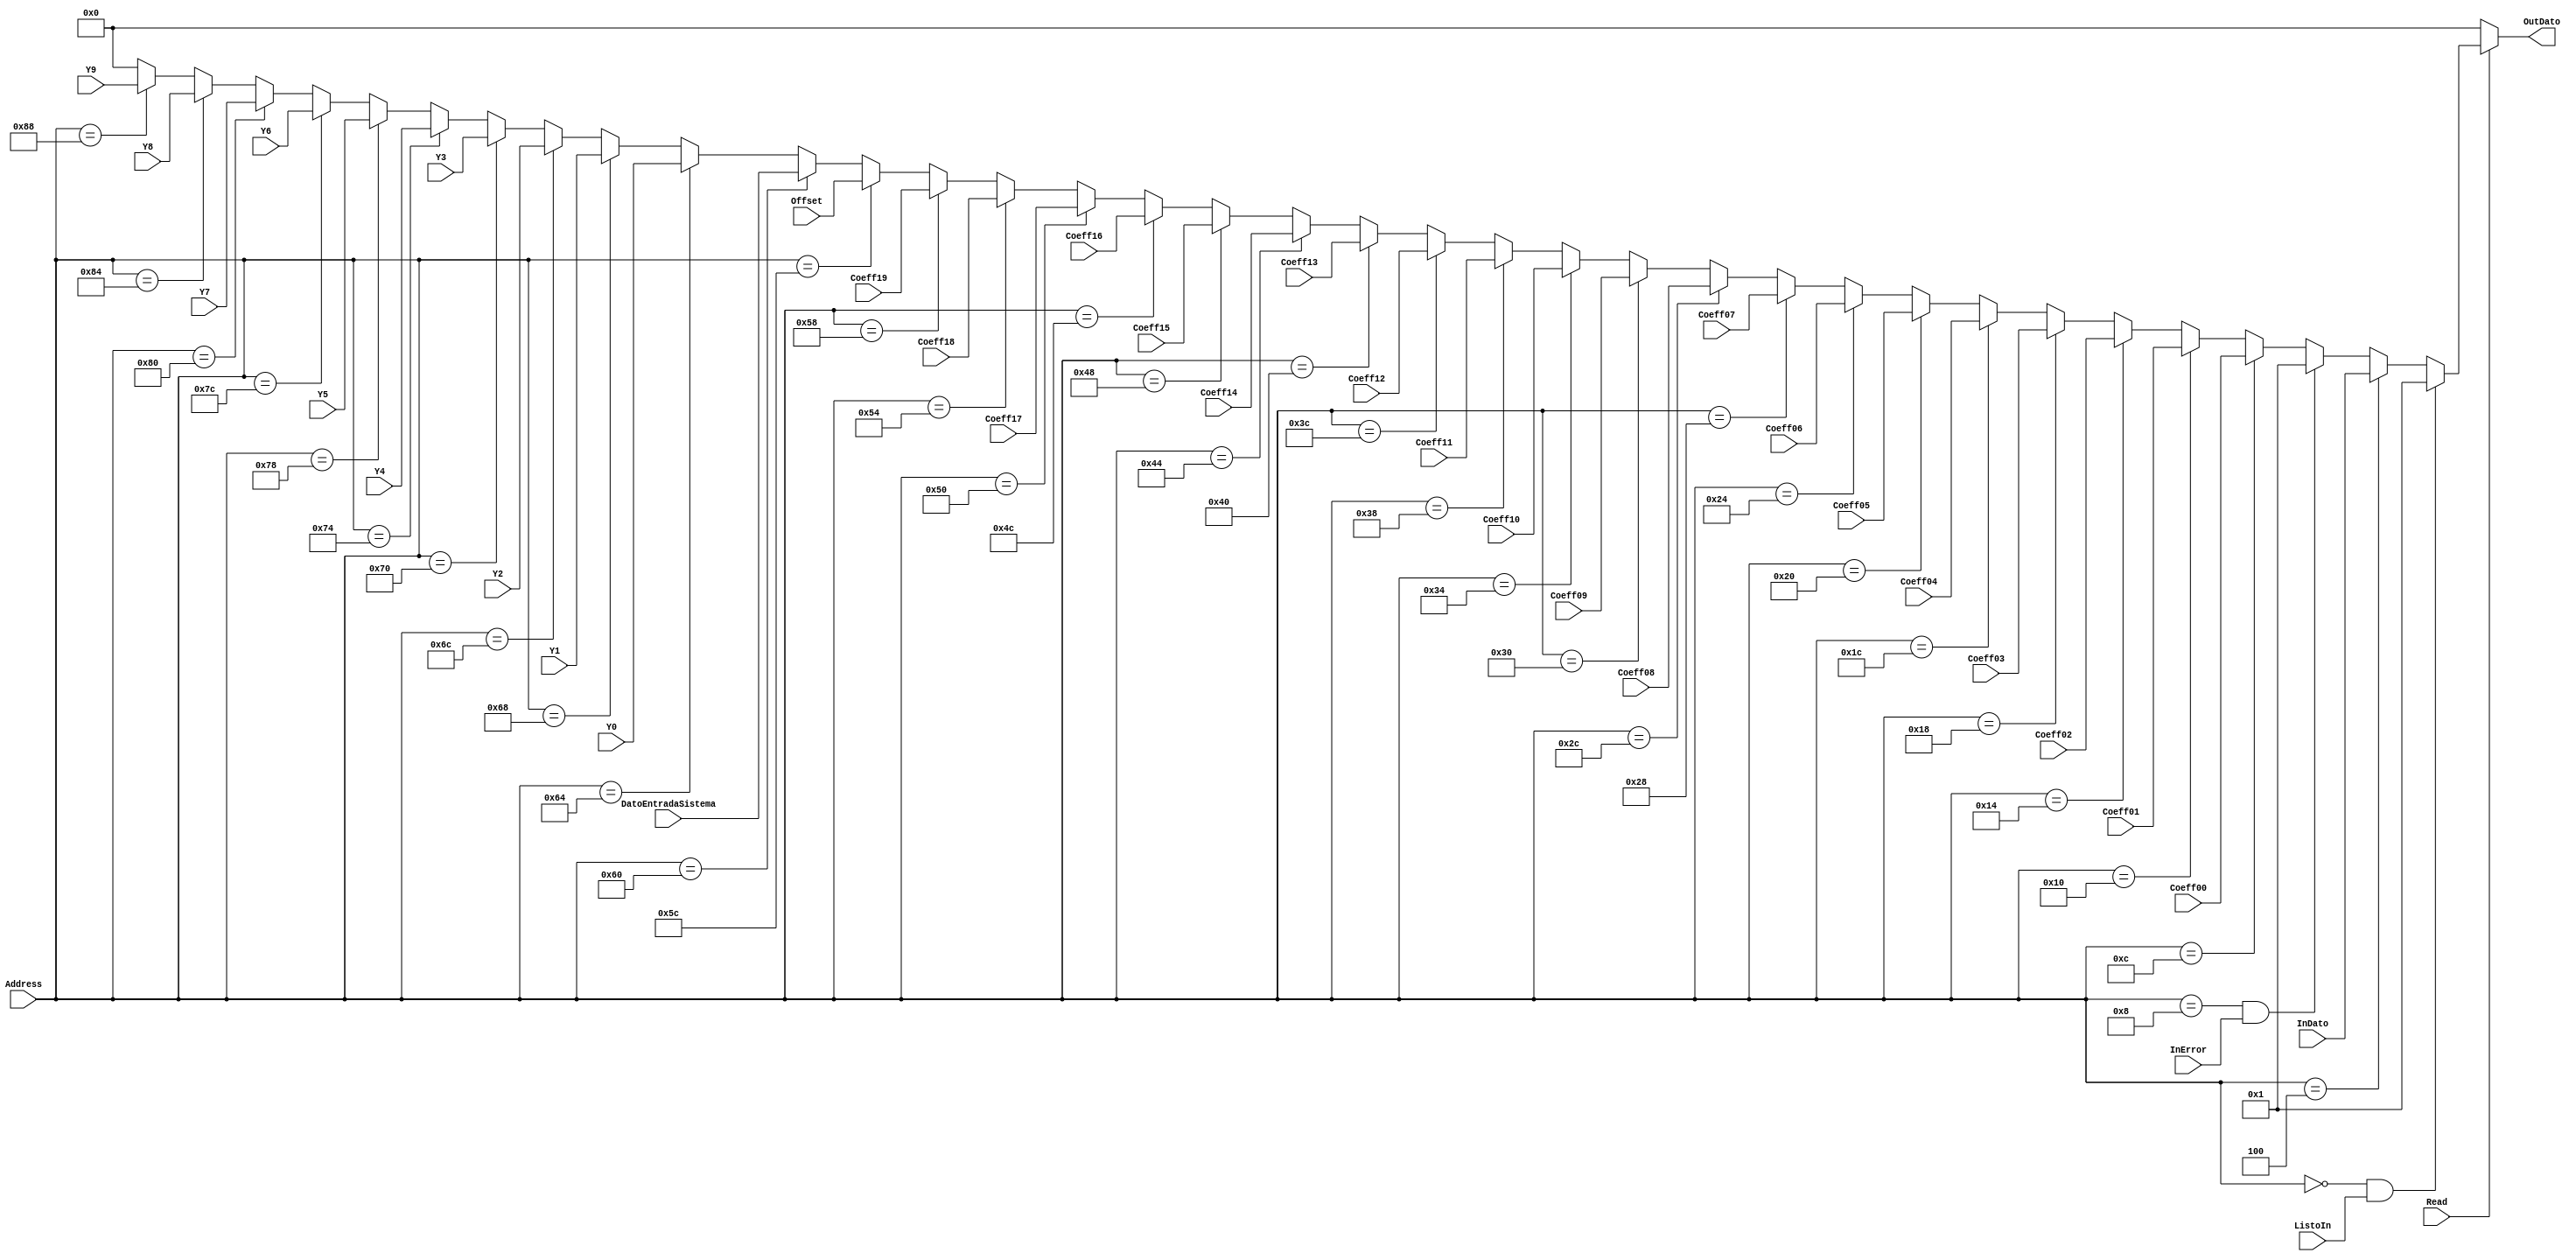
`timescale 1ns / 1ps
//////////////////////////////////////////////////////////////////////////////////
// Company: 
// Engineer: 
// 
// Design Name: 
// Module Name:    EscrituraRegistroToMemoriaPrueba 
// Project Name: 
// Target Devices: 
// Tool versions: 
// Description: 
//
// Dependencies: 
//
// Revision: 
// Revision 0.01 - File Created
// Additional Comments: 
//
//////////////////////////////////////////////////////////////////////////////////
module EscrituraRegistroToMemoria#(parameter Width = 4)
(Read,InError,Address,ListoIn,InDato,Coeff00,Coeff01,Coeff02,Coeff03,Coeff04,Coeff05,
Coeff06,Coeff07,Coeff08,Coeff09,Coeff10,Coeff11,Coeff12,Coeff13,Coeff14,Coeff15,Coeff16,Coeff17,Coeff18,
Coeff19,Offset,DatoEntradaSistema,Y0,Y1,Y2,Y3,Y4,Y5,Y6,Y7,Y8,Y9,OutDato);
	 
	// InDato es la salida de la red Neuronal
	// DatoEntradaSistema es el dato con el que se obtuvo una salida igual a InDato  =>  InDato = f(DatoEntradaSistema)
	input Read,InError,ListoIn;
   input [8:0] Address; 
	input signed [Width-1:0] InDato,Coeff00,Coeff01,Coeff02,Coeff03,Coeff04,Coeff05,
   Coeff06,Coeff07,Coeff08,Coeff09,Coeff10,Coeff11,Coeff12,Coeff13,Coeff14,Coeff15,Coeff16,
	Coeff17,Coeff18,Coeff19,Offset,DatoEntradaSistema,Y0,Y1,Y2,Y3,Y4,Y5,Y6,Y7,Y8,Y9;
	
	output reg signed [Width-1:0] OutDato;

	always @*begin // Se escribe el dato en memoria
		if(Read) begin
			if(Address==9'h000 && ListoIn==1'b1) begin  // Direccin de Indicador Dato Listo
				OutDato <= 1; 
			end else if(Address==9'h004 ) begin  // Direccin del Dato Listo
				OutDato <= InDato; 
			end else if(Address==9'h008 && InError==1'b1) begin   // Dato Indicandor de error
			   OutDato <= 1;
			end else if(Address==9'h00C ) begin   // CoeffEntrenamiento0
				OutDato <= Coeff00;
			end else if(Address==9'h010 ) begin   // CoeffEntrenamiento1
				OutDato <= Coeff01;
			end else if(Address==9'h014 ) begin   // CoeffEntrenamiento2
				OutDato <= Coeff02;
			end else if(Address==9'h018 ) begin   // CoeffEntrenamiento3
				OutDato <= Coeff03;
			end else if(Address==9'h01C ) begin   // CoeffEntrenamiento4
				OutDato <= Coeff04;
			end else if(Address==9'h020 ) begin   // CoeffEntrenamiento5
				OutDato <= Coeff05;
			end else if(Address==9'h024 ) begin   // CoeffEntrenamiento6
				OutDato <= Coeff06;
			end else if(Address==9'h028 ) begin   // CoeffEntrenamiento7
				OutDato <= Coeff07;
			end else if(Address==9'h02C ) begin   // CoeffEntrenamiento8
				OutDato <= Coeff08;
			end else if(Address==9'h030 ) begin   // CoeffEntrenamiento9
				OutDato <= Coeff09;
			end else if(Address==9'h034 ) begin   // CoeffEntrenamiento10
				OutDato <= Coeff10;
			end else if(Address==9'h038 ) begin   // CoeffEntrenamient11
				OutDato <= Coeff11;
			end else if(Address==9'h03C ) begin   // CoeffEntrenamiento12
				OutDato <= Coeff12;
			end else if(Address==9'h040 ) begin   // CoeffEntrenamiento13
				OutDato <= Coeff13;
			end else if(Address==9'h044 ) begin   // CoeffEntrenamiento14
				OutDato <= Coeff14;
			end else if(Address==9'h048 ) begin   // CoeffEntrenamiento15
				OutDato <= Coeff15;
			end else if(Address==9'h04C ) begin   // CoeffEntrenamiento16
				OutDato <= Coeff16;
			end else if(Address==9'h050 ) begin   // CoeffEntrenamiento17
				OutDato <= Coeff17;
			end else if(Address==9'h054 ) begin   // CoeffEntrenamiento18
				OutDato <= Coeff18;
			end else if(Address==9'h058 ) begin   // CoeffEntrenamiento19
				OutDato <= Coeff19;
			end else if(Address==9'h05C ) begin   // Offset
				OutDato <= Offset;
			end else if(Address==9'h060 ) begin   // EntradadelSistema
				OutDato <= DatoEntradaSistema;
			end else if(Address==9'h064 ) begin   // EntradadelSistema
				OutDato <= Y0;
			end else if(Address==9'h068 ) begin   // EntradadelSistema
				OutDato <= Y1;
			end else if(Address==9'h06C ) begin   // EntradadelSistema
				OutDato <= Y2;
			end else if(Address==9'h070 ) begin   // EntradadelSistema
				OutDato <= Y3;
			end else if(Address==9'h074 ) begin   // EntradadelSistema
				OutDato <= Y4;
			end else if(Address==9'h078 ) begin   // EntradadelSistema
				OutDato <= Y5;
			end else if(Address==9'h07C ) begin   // EntradadelSistema
				OutDato <= Y6;
			end else if(Address==9'h080 ) begin   // EntradadelSistema
				OutDato <= Y7;
			end else if(Address==9'h084 ) begin   // EntradadelSistema
				OutDato <= Y8;
			end else if(Address==9'h088 ) begin   // EntradadelSistema
				OutDato <= Y9;	
			end else begin
				OutDato <= 0;
			end
		end
		else begin
			OutDato <= 0;
		end
	end
endmodule